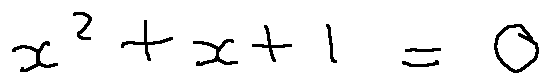
x ^ { 2 } + x + 1 = 0